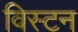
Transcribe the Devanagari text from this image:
विस्टन